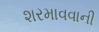
શરમાવવાની